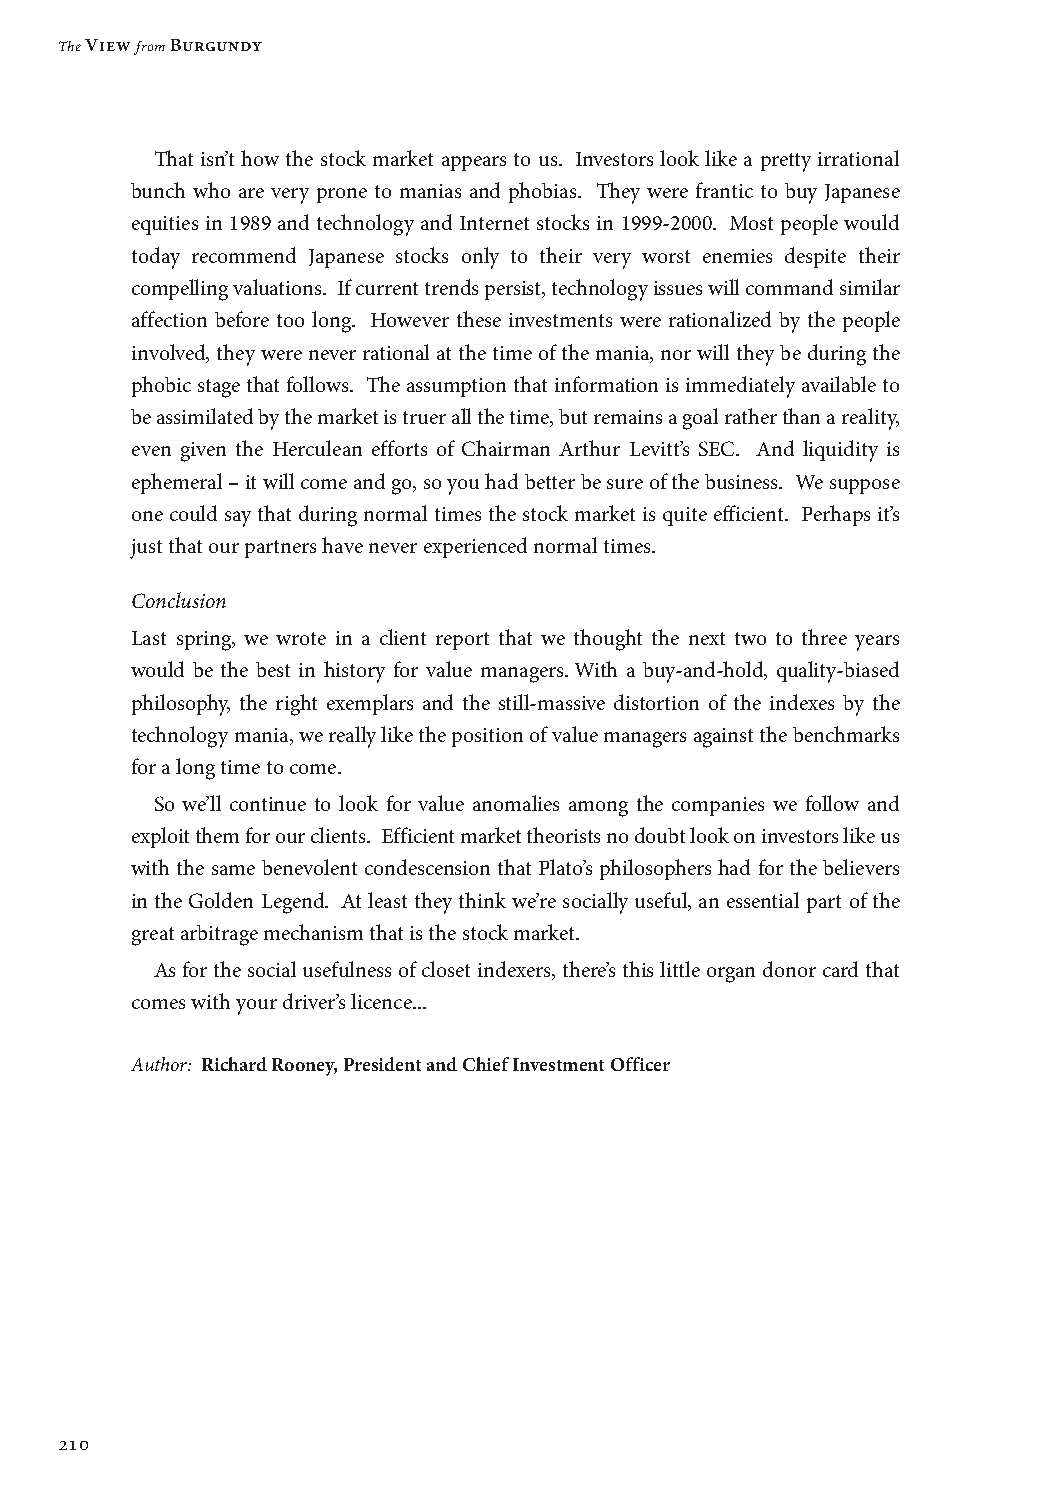
The View from Burgundy
 That isn’t how the stock market appears to us. Investors look like a pretty irrational
 bunch who are very prone to manias and phobias. They were frantic to buy Japanese
 equities in 1989 and technology and Internet stocks in 1999-2000. Most people would
 today recommend Japanese stocks only to their very worst enemies despite their
 compelling valuations. If current trends persist, technology issues will command similar
 affection before too long. However these investments were rationalized by the people
 involved, they were never rational at the time of the mania, nor will they be during the
 phobic stage that follows. The assumption that information is immediately available to
 be assimilated by the market is truer all the time, but remains a goal rather than a reality,
 even given the Herculean efforts of Chairman Arthur Levitt’s SEC. And liquidity is
 ephemeral – it will come and go, so you had better be sure of the business. We suppose
 one could say that during normal times the stock market is quite efficient. Perhaps it’s
 just that our partners have never experienced normal times.
 Conclusion
 Last spring, we wrote in a client report that we thought the next two to three years
 would be the best in history for value managers. With a buy-and-hold, quality-biased
 philosophy, the right exemplars and the still-massive distortion of the indexes by the
 technology mania, we really like the position of value managers against the benchmarks
 for a long time to come.
 So we’ll continue to look for value anomalies among the companies we follow and
 exploit them for our clients. Efficient market theorists no doubt look on investors like us
 with the same benevolent condescension that Plato’s philosophers had for the believers
 in the Golden Legend. At least they think we’re socially useful, an essential part of the
 great arbitrage mechanism that is the stock market.
 As for the social usefulness of closet indexers, there’s this little organ donor card that
 comes with your driver’s licence...
 Author: R ichard Rooney, President and Chief Investment Officer
 210